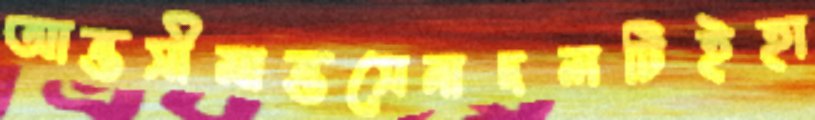
আন্তসীমান্তসেনাদলটিইহা